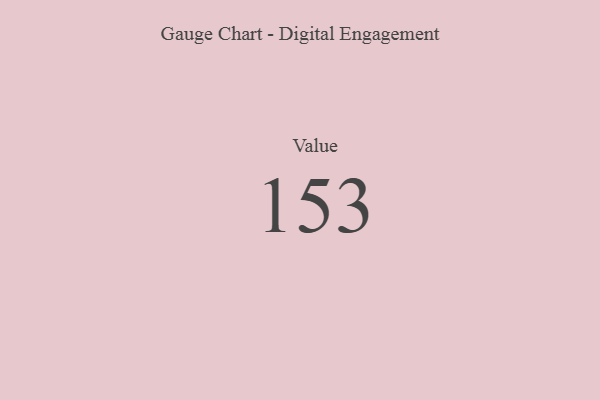
{"axis": {"x": "Metric", "y": "Value"}, "legend": [""], "data": [{"x": "Value", "y": 153, "type": ""}]}